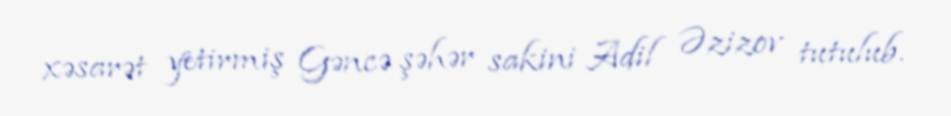
xəsarət yetirmiş Gəncə şəhər sakini Adil Əzizov tutulub.